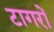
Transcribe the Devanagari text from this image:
टागरों